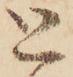
と